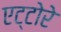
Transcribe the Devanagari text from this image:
एट्टोरे